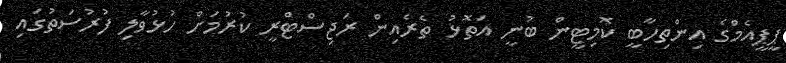
ޕީޕީއެމްގެ އިންތިހާބީ ކޮމިޓީން ބުނީ އަތޮޅު ތެރެއިން ރަޖިސްޓްރީ ކުރުމަށް ހުޅުވާލި ފުރުސަތުގައި